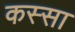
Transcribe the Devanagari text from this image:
कस्सा